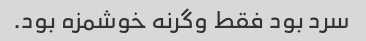
سرد بود فقط وگرنه خوشمزه بود.